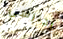
احترسي